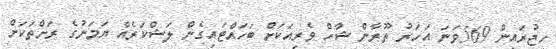
ހިޖުރައިން 569ވަނަ އަހަރު ތޫރާން ޝާހް ވެރިއަކަށް ބަހައްޓައިގެން ލަޝްކަރެއް ޔަމަނުގެ ރަށްތަކަށް